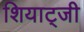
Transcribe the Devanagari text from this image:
शियाट्जी